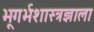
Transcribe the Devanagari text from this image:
भूगर्भशास्त्रज्ञाला